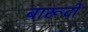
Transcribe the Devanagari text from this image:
बारूदों